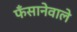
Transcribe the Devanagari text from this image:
फँसानेवाले